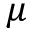
\mu